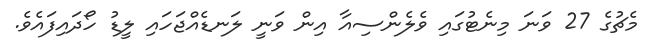
މެޗުގެ 27 ވަނަ މިނެޓުގައި ވެލެންސިއާ އިން ވަނީ ލަނޑެއްޖަހައި ލީޑު ހޯދައިފައެވެ.